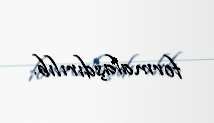
formalaşdırılıb.